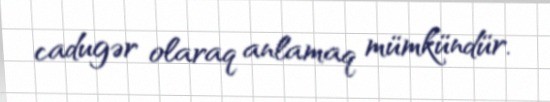
cadugər olaraq anlamaq mümkündür.